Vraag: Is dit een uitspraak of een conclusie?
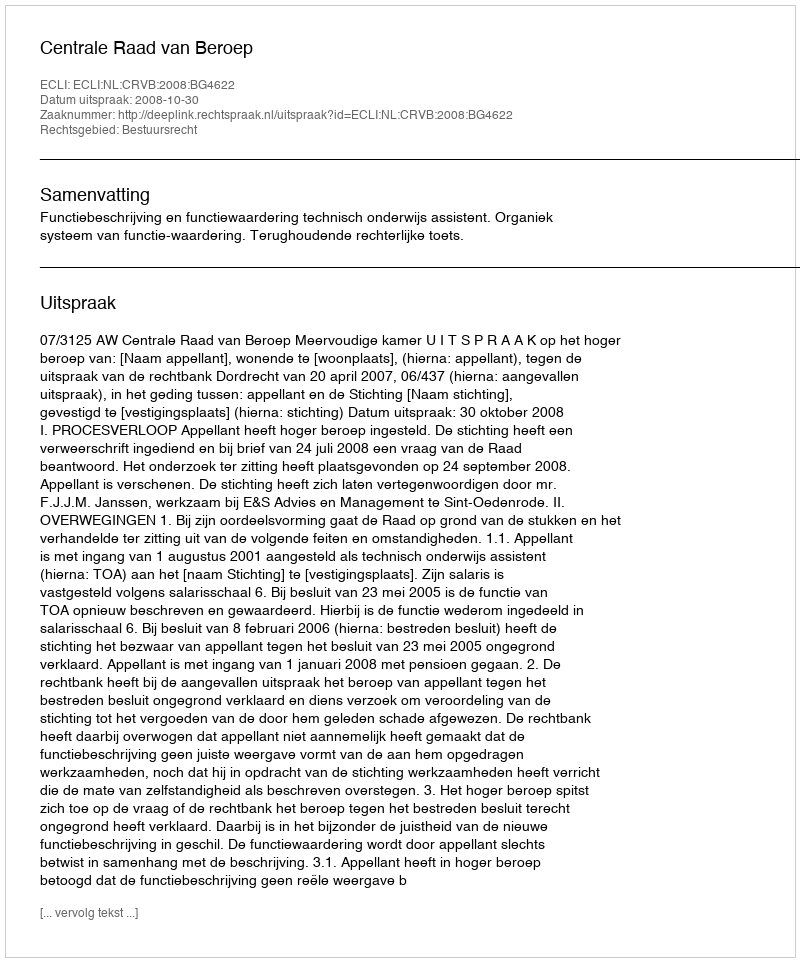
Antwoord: Uitspraak